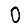
Digit: 0